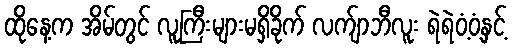
ထိုနေ့က အိမ်တွင် လူကြီးများမရှိခိုက် လက်ျာဘီလူး ရဲရဲဝံ့ဝံ့နှင့်